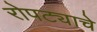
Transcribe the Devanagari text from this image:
रोपट्याचे